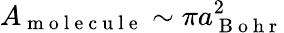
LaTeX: A_{\mathrm{~m~o~l~e~c~u~l~e~}}\sim\pi a_{\mathrm{~B~o~h~r~}}^{2}